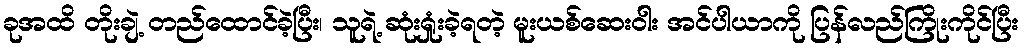
ခုအထိ တိုးချဲ့ တည်ထောင်ခဲ့ပြီး၊ သူရဲ့ ဆုံးရှုံးခဲ့ရတဲ့ မူးယစ်ဆေးဝါး အင်ပါယာကို ပြန်လည်ကြိုးကိုင်ပြီး